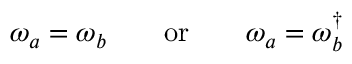
\omega _ { a } = \omega _ { b } \qquad \mathrm { o r } \qquad \omega _ { a } = \omega _ { b } ^ { \dagger }